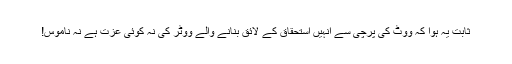
ثابت یہ ہوا کہ ووٹ کی پرچی سے انہیں استحقاق کے لائق بنانے والے ووٹر کی نہ کوئی عزت ہے نہ ناموس!